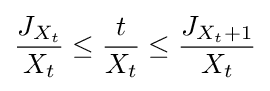
{\frac {J_{X_{t}}}{X_{t}}}\leq {\frac {t}{X_{t}}}\leq {\frac {J_{X_{t}+1}}{X_{t}}}